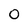
Character: 0